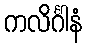
ကလိင်္ဂါနံ